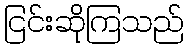
ငြင်းဆိုကြသည်